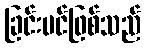
ခြင်းပင်ဖြစ်သည်